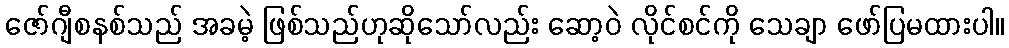
ဇော်ဂျီစနစ်သည် အခမဲ့ ဖြစ်သည်ဟုဆိုသော်လည်း ဆော့ဝဲ လိုင်စင်ကို သေချာ ဖော်ပြမထားပါ။